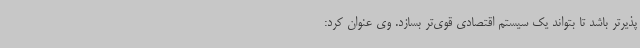
پذیرتر باشد تا بتواند یک سیستم اقتصادی قوی‌تر بسازد. وی عنوان کرد: